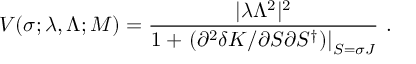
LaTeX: V ( \sigma ; \lambda , \Lambda ; M ) = \frac { | \lambda \Lambda ^ { 2 } | ^ { 2 } } { 1 + \left. \left( \partial ^ { 2 } \delta K / \partial S \partial S ^ { \dagger } \right) \right| _ { S = \sigma J } } \ .